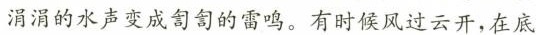
涓涓的水声变成司司的雷鸣。有时候风过云开，在底